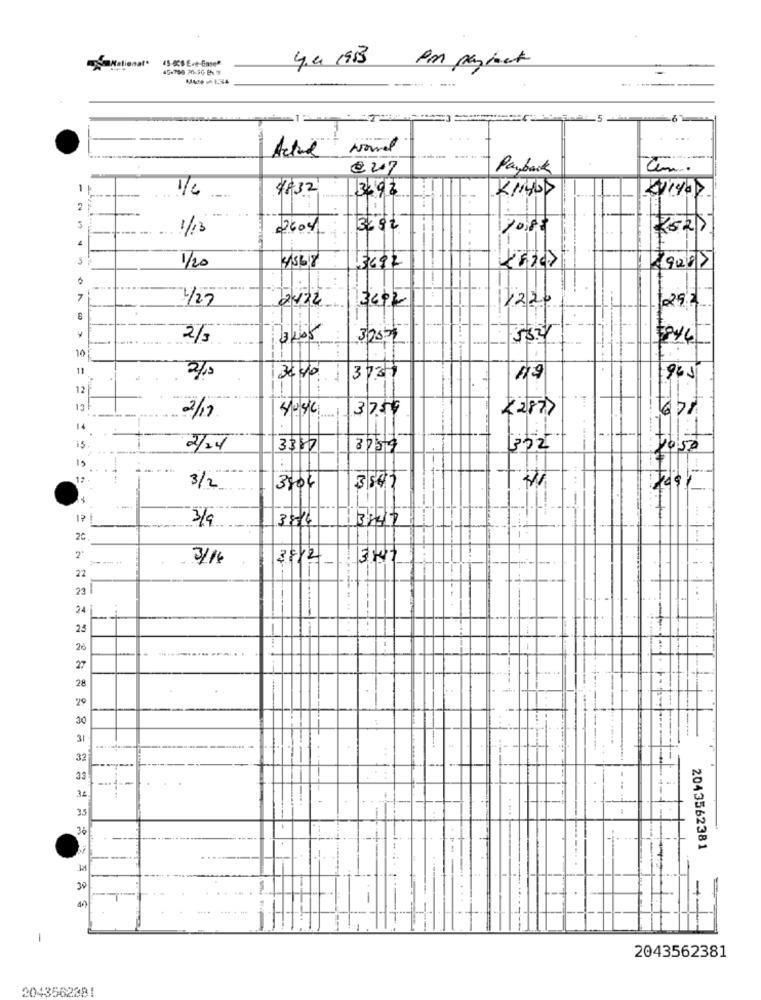
45-65 E-e-Case"
PM payback
------
0 27
Payback
Tim.
1 !
1/4
4832
KIND
A
3.98
2
3
1/12
2604
3292
10,88
4
3
4568
1/20
13692
900>
7
4/27
2432
3602
1220
292
--
V
2/3
3405
32000
10
11
961
2/10
3440
3737
12 F
13
4/03/6
(2877
2/19
3 758
14
-.
is
2/24
3387
3759
352
2050
15
12 .
3/2
3404
3841
*
1?
3/9
3814
20
2'
3/16
-
13:47
22
23 1
24
---
25
26
27
28
29
30
31
32
-
33
.-
34.
33
36
2043562381
30
-
2043562381
2043562381